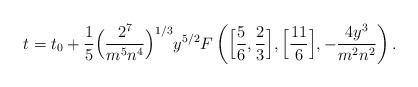
LaTeX: \begin{align*}t = t_0 + {1 \over 5} \Big( {2^7 \over m^5 n^4} \Big)^{1/3} y^{5/2}F\left( \Big[ {5 \over 6} , {2 \over 3} \Big] , \Big[ {11 \over 6} \Big],- {4 y^3 \over m^2 n^2}\right).\end{align*}